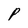
Character: P